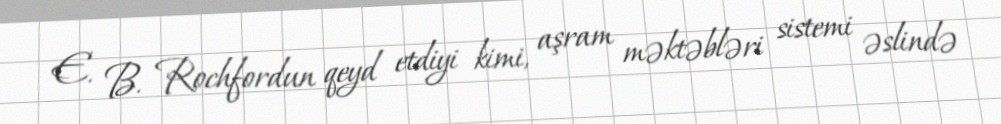
E. B. Rochfordun qeyd etdiyi kimi, aşram məktəbləri sistemi əslində